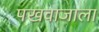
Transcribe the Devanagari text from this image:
पखवाजाला